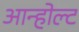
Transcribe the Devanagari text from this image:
आन्होल्ट